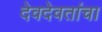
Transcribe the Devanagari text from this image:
देवदेवतांचा